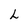
Character: L